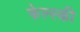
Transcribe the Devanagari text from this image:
फेल्स्की